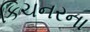
કિચનરના